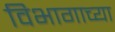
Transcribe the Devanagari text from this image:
विभागाच्‍या